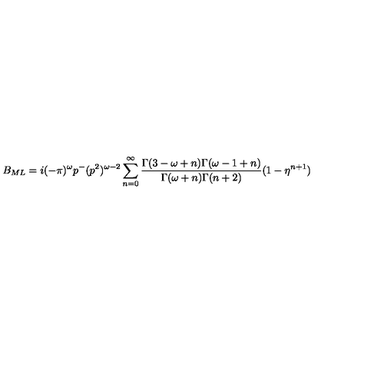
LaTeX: B _ { M L } = i ( - \pi ) ^ { \omega } p ^ { - } ( p ^ { 2 } ) ^ { \omega - 2 } \sum _ { n = 0 } ^ { \infty } \frac { \Gamma ( 3 - \omega + n ) \Gamma ( \omega - 1 + n ) } { \Gamma ( \omega + n ) \Gamma ( n + 2 ) } ( 1 - \eta ^ { n + 1 } )